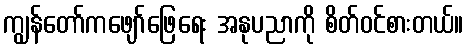
ကျွန်တော်ကဖျော်ဖြေရေး အနုပညာကို စိတ်ဝင်စားတယ်။